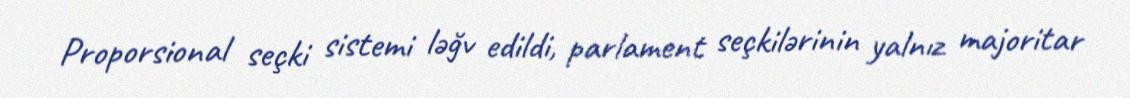
Proporsional seçki sistemi ləğv edildi, parlament seçkilərinin yalnız majoritar